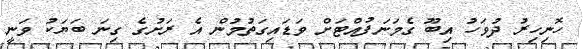
ހޮނިހިރު ދުވަހު އިބޫ ގެމަނަފުއްޓަށް ވަޑައިގަތުމުން އެ ރަށުގެ ގިނަ ބަޔަކު ވަނީ